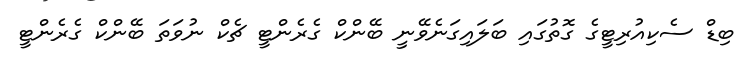
ބިޑް ސެކިއުރިޓީގެ ގޮތުގައި ބަލައިގަނެވޭނީ ބޭންކް ގެރެންޓީ ޗެކް ނުވަތަ ބޭންކް ގެރެންޓީ